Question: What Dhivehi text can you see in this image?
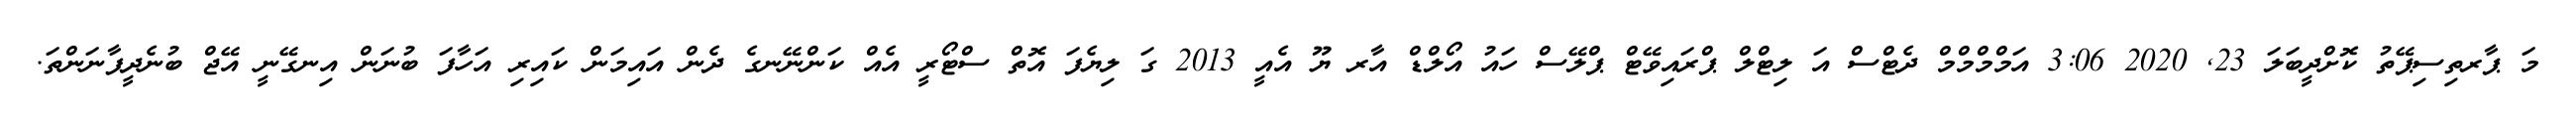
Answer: މަ ޕާރތިސިޕޭތު ކޮށްދީބަލަ 23, 2020 3:06 އަމްމްމްމް ދެޓްސް އަ ލިޓްލް ޕްރައިވޭޓް ޕްލޭސް ހައު އޯލްޑް އާރ ޔޫ އެއީ 2013 ގަ ލިޔެފަ އޮތް ސްޓޯރީ އެއް ކަންނޭނގެ ދެން އައިމަން ކައިރި އަހާފަ ބުނަން އިނގޭނީ އޭޖް ބުނެދީފާނަންތަ.